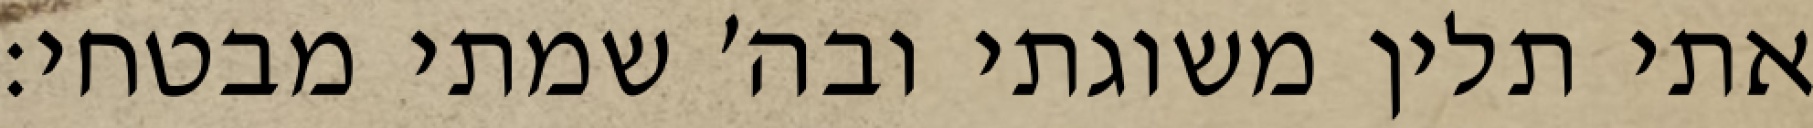
אתי תלין משוגתי ובה׳ שמתי מבטחי: